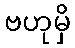
ဗဟုမှိ